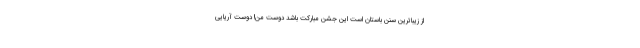
از زیباترین سنن باستان است این جشن مبارکت باشد دوست من! دوست آریایی